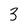
Character: 3